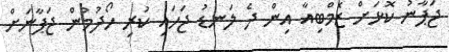
ޖަޕާނު ކޮޅަށް ޒެމްބިއާ އިން ދެ ލަނޑު ޖަހައި ކުރި ހޯދުމުން ޖަޕާނަށް